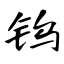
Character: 钨